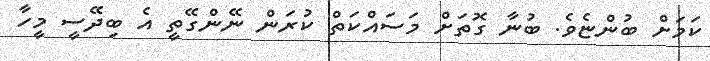
ކަމަށް ބުންޏެވެ. ބުނާ ގޮތަށް މަސައްކަތް ކުރަން ނޭންގޭތީ އެ ބިދޭސީ މީހާ